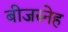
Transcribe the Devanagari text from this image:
बीजस्नेह